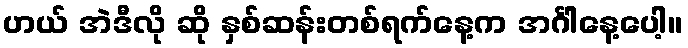
ဟယ် အဲဒီလို ဆို နှစ်ဆန်းတစ်ရက်နေ့က အင်္ဂါနေ့ပေါ့။